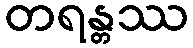
တရန္တဿ